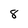
Character: 8